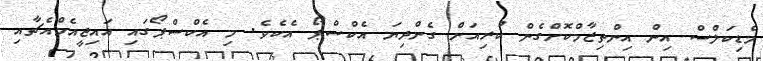
މެޑިކަލްސް އިން އިންތިޒާމްކޮށްގެން ކުރިއަށް ގެންދިޔަ އެކްސްޕޯ އެކެވެ. މި އެކްސްޕޯގައި އައިޖީއެމްއެޗާއި